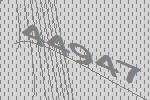
44947